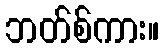
ဘတ်စ်ကား။